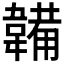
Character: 韛